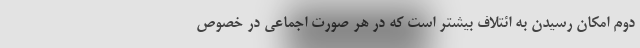
دوم امکان رسیدن به ائتلاف بیشتر است که در هر صورت اجماعی در خصوص